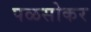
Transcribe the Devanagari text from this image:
पळसोकर